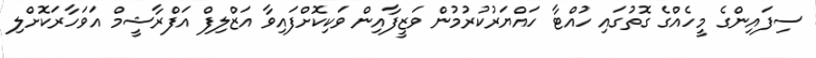
ސިފައިންގެ މީހެއްގެ ގޮތުގައި ހުއްޓާ ހައްޔަރުކުރުމުން ވަޒީފާއިން ވަކިކޮށްފައިވާ އަޒްލިފް އަފްރާޝީމް އަވަހާރަކޮށްލި